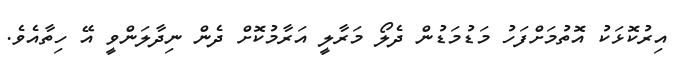
އިރުކޮޅަކު އޮތުމަށްފަހު މަޑުމަޑުން ދެލޯ މަރާލީ އަރާމުކޮށް ދެން ނިދާލަންވީ އޭ ހިތާއެވެ.